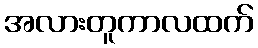
အလားတူကာလထက်